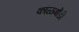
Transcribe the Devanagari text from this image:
काळबोंडी